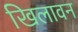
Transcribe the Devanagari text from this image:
खिलावन